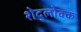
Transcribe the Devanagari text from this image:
शेद्लोक्क